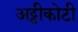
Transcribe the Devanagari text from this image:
अट्टीकोटी